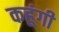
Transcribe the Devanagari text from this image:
कहूंगी